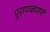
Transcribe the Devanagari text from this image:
पुराणकारांनी